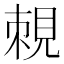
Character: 𧠵